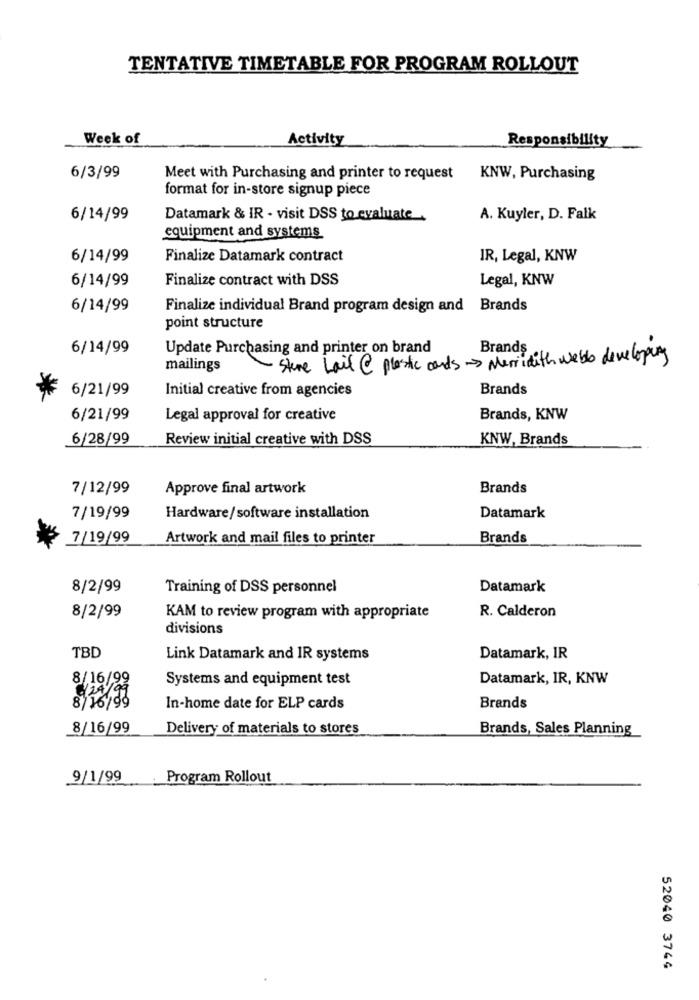
TENTATIVE TIMETABLE FOR PROGRAM ROLLOUT
Week of
Activity
Responsibility
6/3/99
Meet with Purchasing and printer to request
KNW, Purchasing
format for in-store signup piece
6/14/99
Datamark & IR - visit DSS to evaluate .
A. Kuyler, D. Falk
equipment and systems
6/14/99
Finalize Datamark contract
IR, Legal, KNW
6/14/99
Finalize contract with DSS
Legal, KNW
6/14/99
Finalize individual Brand program design and Brands
point structure
6/14/99
Update Purchasing and printer on brand
Brands
-Store Lail @ plastic cards Merridith webb developing
mailings
6/21/99
Initial creative from agencies
Brands
6/21/99
Legal approval for creative
Brands, KNW
6/28/99
Review initial creative with DSS
KNW, Brands
7/12/99
Approve final artwork
Brands
7/19/99
Hardware/software installation
Datamark
7/19/99
Artwork and mail files to printer
Brands
8/2/99
Training of DSS personnel
Datamark
R. Calderon
8/2/99
KAM to review program with appropriate
divisions
TBD
Link Datamark and IR systems
Datamark, IR
8/ 16/99
Systems and equipment test
Datamark, IR, KNW
8/16/99
6/24/99
In-home date for ELP cards
Brands
8/16/99
Delivery of materials to stores
Brands, Sales Planning
9/1/99
Program Rollout
52040 3744